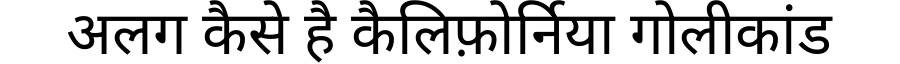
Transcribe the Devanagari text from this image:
अलग कैसे है कैलिफ़ोर्निया गोलीकांड